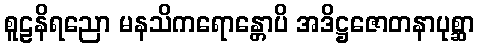
စူဠနိရညော မနသိကရောန္တောပိ အဒိဋ္ဌဇောတနာပုစ္ဆာ